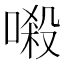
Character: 𠺽